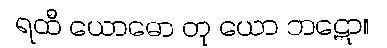
ရထီ ယောဓော တု ယော ဘဋော။